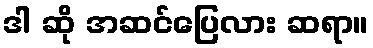
ဒါ ဆို အဆင်ပြေလား ဆရာ။